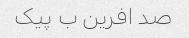
صد افرین ب پیک